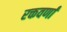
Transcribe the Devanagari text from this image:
रक्तवर्णां